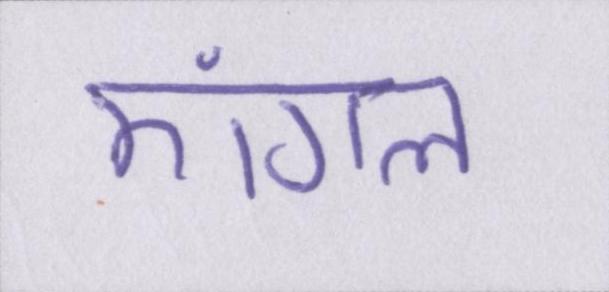
एंगल